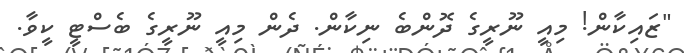
"ޒައިކާން! މިއީ ނޫރީގެ ދޮންބެ ނިކާން. ދެން މިއީ ނޫރީގެ ބެސްޓީ ކީވާ.